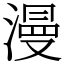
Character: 漫